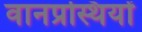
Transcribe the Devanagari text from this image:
वानप्रस्थियों